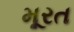
મૂરત